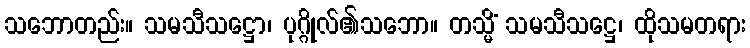
သဘောတည်း။ သမသီသဋ္ဌော၊ ပုဂ္ဂိုလ်၏သဘော။ တသ္မိံ သမသီသဋ္ဌေ၊ ထိုသမတရား